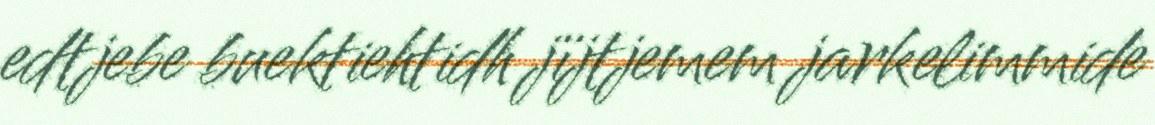
edtjebe buektiehtidh jïjtjemem jarkelimmide